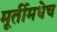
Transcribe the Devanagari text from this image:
मूर्तीमधेच